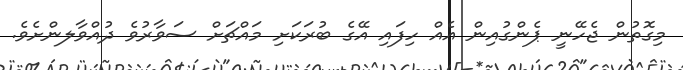
މިގޮތުން ޖެހޭނީ ޕެންގުއިން އެއް ހިފައި އޭގެ ބުރަކަށި މައްޗަށް ސަވާރުވެ ދުއްވާލންށެވެ.